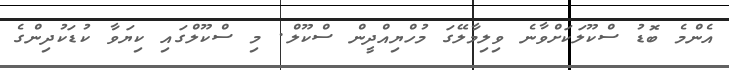
އެންމެ ބޮޑު ސްކޫލަކަށްވާނެ ވިލިމާލޭގަ މުހްޔިއްދީން ސްކޫލް. މި ސްކޫލްގައި ކިޔަވާ ކުޑަކުދިންގެ